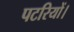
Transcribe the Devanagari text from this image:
पटरियों।